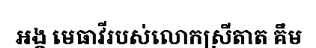
អង្គ មេធាវីរបស់លោកស្រីតាត គឹម